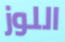
اللوز